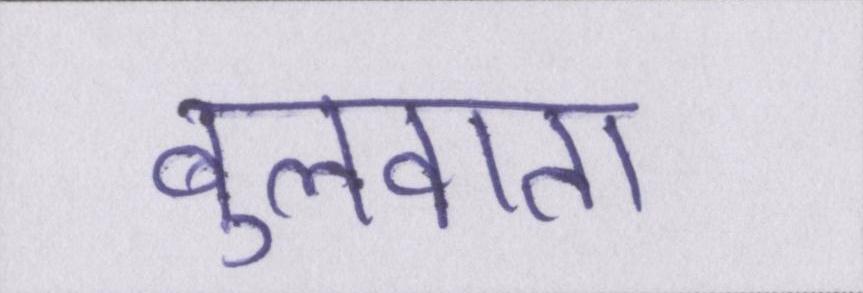
बुलवाता